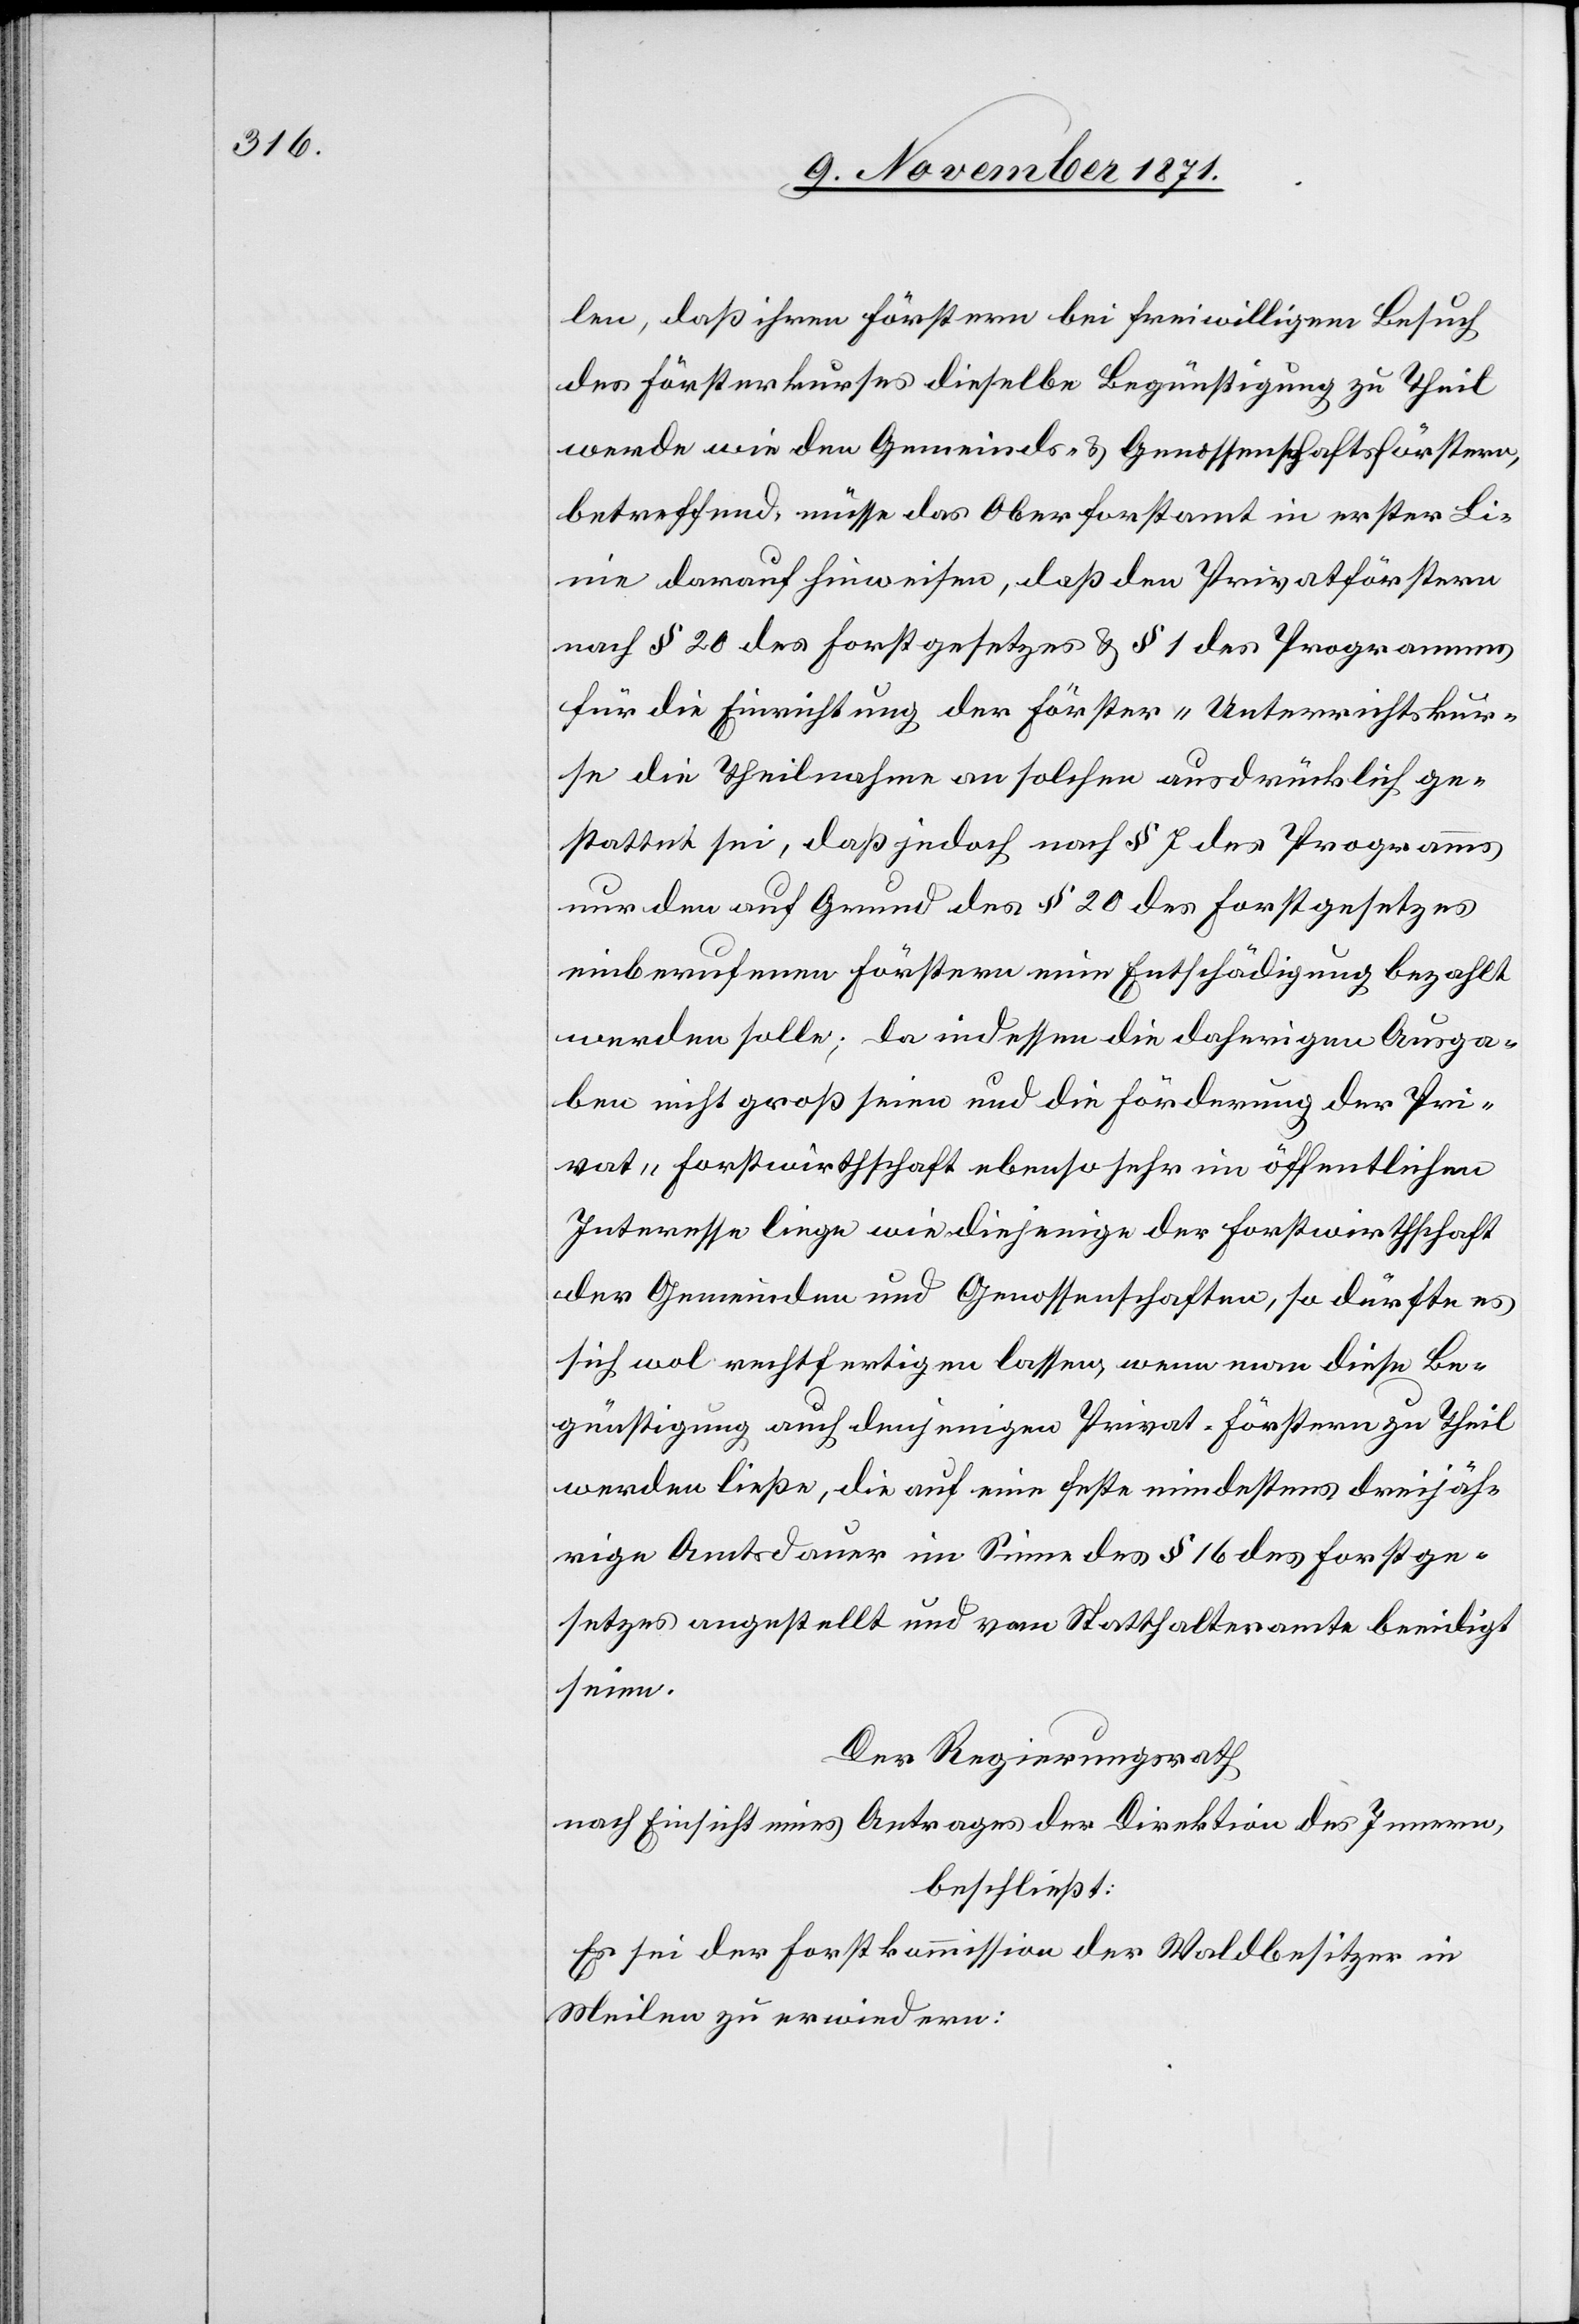
len, daß ihren Förstern bei freiwilligem Besuch
des Försterkurses dieselbe Begünstigung zu Theil
werde wie den Gemeinds- & Genossenschaftsförstern,
betreffend, müsse das Oberforstamt in erster Li¬
nie darauf hinweisen, daß den Privatförstern
nach § 20 des Forstgesetzes und § 1 des Programmes
für die Einrichtung der Förster-Unterrichtskur¬
se die Theilnahme an solchen ausdrücklich ge¬
stattet sei, daß jedoch nach § 7 des Programms
nur den auf Grund des § 20 des Forstgesetzes
einberufenen Förstern eine Entschädigung bezahlt
werden solle. Da indessen die daherigen Ausga¬
ben nicht groß seien und die Förderung der Pri¬
vat-Forstwirthschaft ebenso sehr im öffentlichen
Interesse liege wie diejenige der Forstwirthschaft
der Gemeinden und Genossenschaften, so dürfte es
sich wol rechtfertigen lassen, wenn man diese Be¬
günstigung auch denjenigen Privat-Förstern zu Theil
werden ließe, die auf eine feste mindestens dreijäh¬
rige Amtsdauer im Sinne des § 16 des Forstge¬
setzes angestellt und vom Statthalteramte beeidigt
seien.
Der Regierungsrath
nach Einsicht eines Antrages der Direktion des Innern,
beschließt:
Es sei der Forstkommission der Waldbesitzer in
Meilen zu erwiedern: